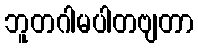
ဘူတဂါမပါတဗျတာ